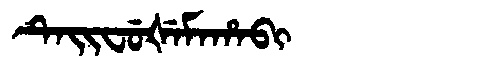
Manchu: ᡨᡝᡳᠸᡠᡧᡝᠮᠠᡥᠠᠪᡳ
Romanization: TEIFUŠEMAHABI